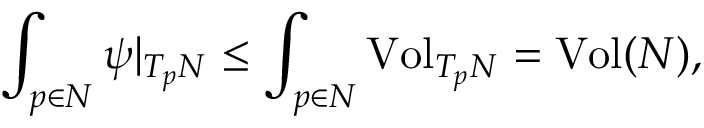
\int _ { p \in N } \psi | _ { T _ { p } N } \leq \int _ { p \in N } \mathrm { V o l } _ { T _ { p } N } = \mathrm { V o l } ( N ) ,